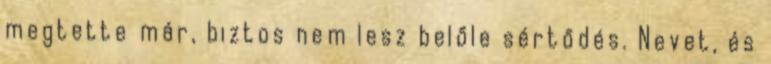
megtette már, biztos nem lesz belőle sértődés. Nevet, és